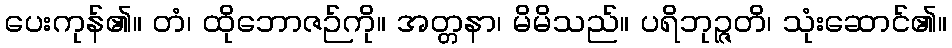
ပေးကုန်၏။ တံ၊ ထိုဘောဇဉ်ကို။ အတ္တနာ၊ မိမိသည်။ ပရိဘုဉ္ဇတိ၊ သုံးဆောင်၏။